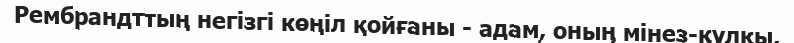
Рембрандттың негізгі көңіл қойғаны - адам, оның мінез-құлқы,